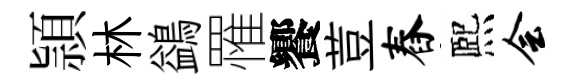
頴林鷁罹饗荳舂熈会